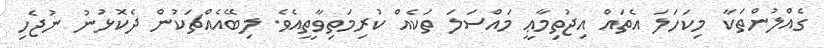
ގެއްލުންތަކާ މިކަހަލަ އެތައް އިޖުތިމާޢީ މައްސަލަ ތަކެއް ކުރިމަތިވާތީއެވެ. ލިބޭއެއްޗަކުން ދެކޮޅުނު ނުޖެހި